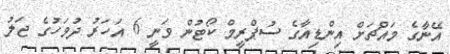
އޭނާގެ މައްޗަށް އިންޑިއާގެ ސުޕްރީމް ކޯޓުން ވަނީ 6 އަހަރު ދުވަހުގެ ޖަލު